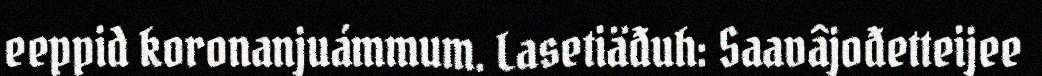
eeppid koronanjuámmum. Lasetiäđuh: Saavâjođetteijee